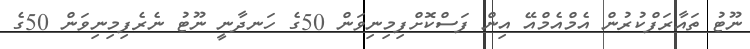
ނޫޓު ތައާރަފްކުރުން އެމްއެމްއޭ އިން ފަސްކޮށްފިމިނިވަން 50ގެ ހަނދާނީ ނޫޓު ނެރެފިމިނިވަން 50ގެ